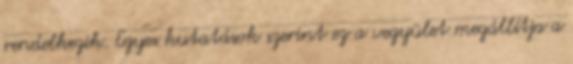
rendelkezik. Egyes kutatások szerint ez a vegyület megállítja a